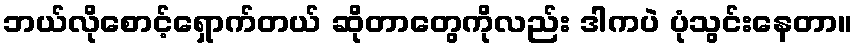
ဘယ်လိုစောင့်ရှောက်တယ် ဆိုတာတွေကိုလည်း ဒါကပဲ ပုံသွင်းနေတာ။